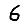
Digit: 6